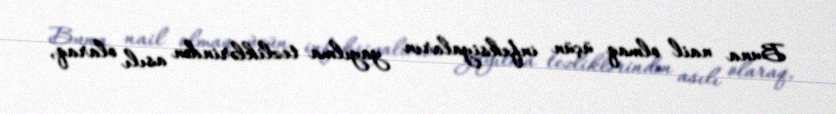
Buna nail olmaq üçün infeksiyaların yayılma tezliklərindən asılı olaraq,